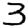
Digit: 3